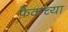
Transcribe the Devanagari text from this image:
फेकच्या